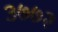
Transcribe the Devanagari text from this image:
३७७२